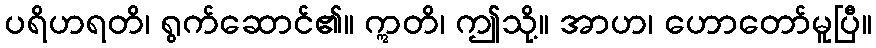
ပရိဟရတိ၊ ရွက်ဆောင်၏။ ဣတိ၊ ဤသို့။ အာဟ၊ ဟောတော်မူပြီ။